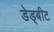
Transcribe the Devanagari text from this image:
डेड्बीट